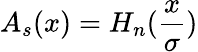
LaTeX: A_{s}(x)=H_{n}(\frac{x}{\sigma})